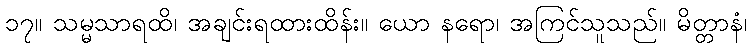
၁၇။ သမ္မသာရထိ၊ အချင်းရထားထိန်း။ ယော နရော၊ အကြင်သူသည်။ မိတ္တာနံ၊